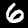
Label: 6